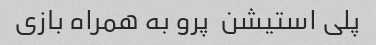
پلی استیشن  پرو به همراه بازی